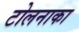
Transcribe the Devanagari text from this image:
टोलनाका